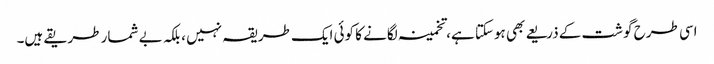
اسی طرح گوشت کے ذریعے بھی ہوسکتا ہے، تخمینہ لگانے کا کوئی ایک طریقہ نہیں ، بلکہ بے شمار طریقے ہیں۔